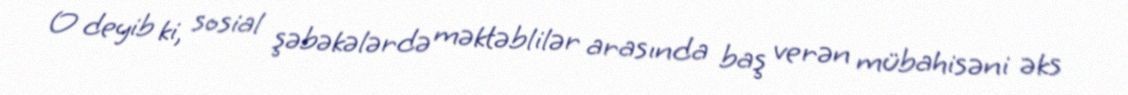
O deyib ki, sosial şəbəkələrdə məktəblilər arasında baş verən mübahisəni əks